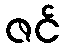
ဇင်